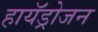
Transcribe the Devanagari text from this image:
हायॅड्रोजन